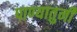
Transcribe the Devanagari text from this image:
पाण्यातुनी